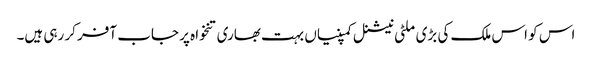
اس کو اس ملک کی بڑی ملٹی نیشنل کمپنیاں بہت بھاری تنخواہ پر جاب آفر کر رہی ہیں۔